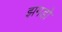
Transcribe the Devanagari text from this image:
झगड़ो